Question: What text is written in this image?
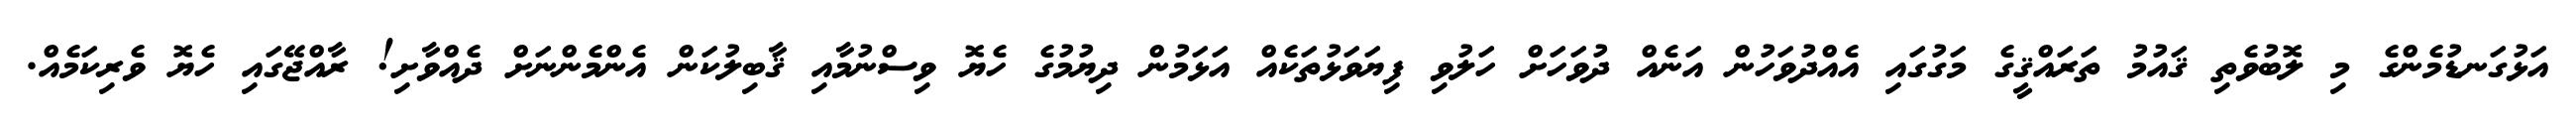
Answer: އަޅުގަނޑުމެންގެ މި ލޮބުވެތި ޤައުމު ތަރައްޤީގެ މަގުގައި އެއްދުވަހުން އަނެއް ދުވަހަށް ހަލުވި ފިޔަވަޅުތަކެއް އަޅަމުން ދިޔުމުގެ ހެޔޮ ވިސްނުމާއި ޤާބިލުކަން އެންމެންނަށް ދެއްވާށި! ރާއްޖޭގައި ހެޔޮ ވެރިކަމެއް.